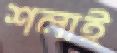
শলাই